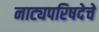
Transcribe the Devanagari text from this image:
नाट्यपरिषदेचे